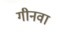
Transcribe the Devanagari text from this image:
गीनवा